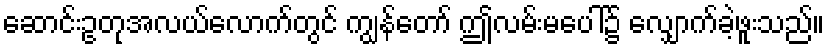
ဆောင်းဥတုအလယ်လောက်တွင် ကျွန်တော် ဤလမ်းမပေါ်၌ လျှောက်ခဲ့ဖူးသည်။